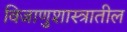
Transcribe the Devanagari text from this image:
विजाणुशास्त्रातील